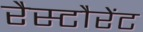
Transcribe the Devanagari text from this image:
रैस्टौरेंट